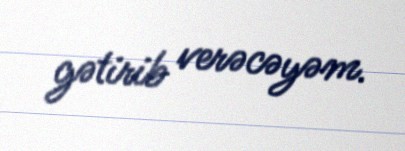
gətirib verəcəyəm.